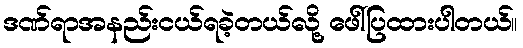
ဒဏ်ရာအနည်းငယ်ရခဲ့တယ်လို့ ဖေါ်ပြထားပါတယ်။